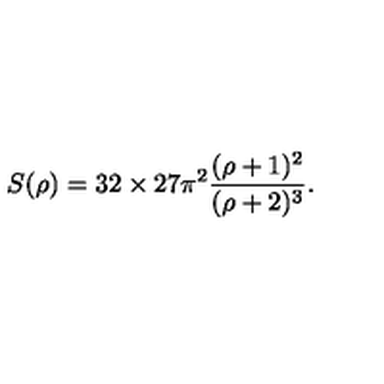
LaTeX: S ( \rho ) = 3 2 \times 2 7 \pi ^ { 2 } \frac { ( \rho + 1 ) ^ { 2 } } { ( \rho + 2 ) ^ { 3 } } .